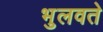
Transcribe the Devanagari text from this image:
भुलवते